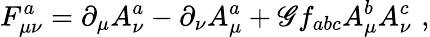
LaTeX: F_{\mu\nu}^{a}=\partial_{\mu}A_{\nu}^{a}-\partial_{\nu}A_{\mu}^{a}+\mathscr{G}f_{abc}A_{\mu}^{b}A_{\nu}^{c}\, \, ,